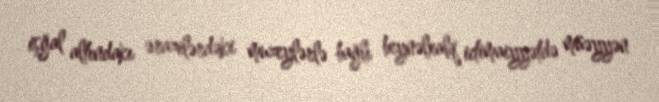
işğal altındakı ərazilərdəki muzeylərlə bağlı beynəlxalq ictimaiyyətdə müəyyən